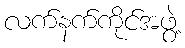
လက်နက်ကိုင်အဖွဲ့